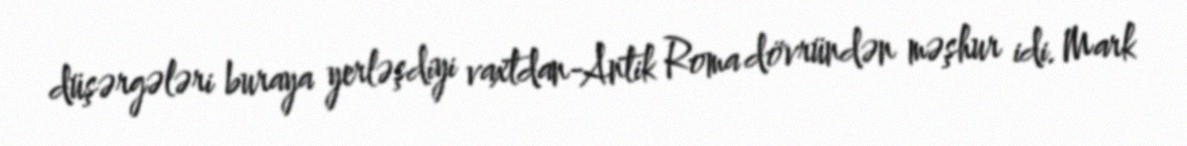
düşərgələri buraya yerləşdiyi vaxtdan-Antik Roma dövründən məşhur idi. Mark